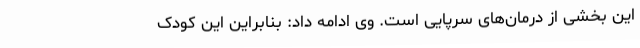
این بخشی از درمان‌های سرپایی است. وی ادامه داد: بنابراین این کودک